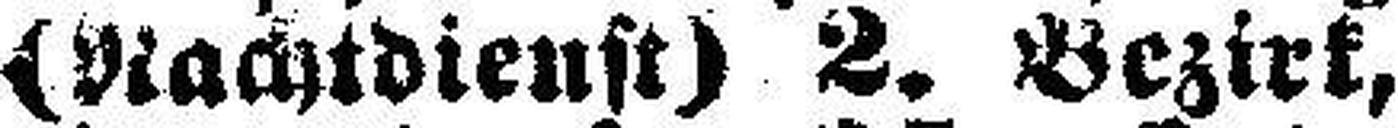
(Nachtdienst) 2. Bezirk,